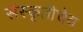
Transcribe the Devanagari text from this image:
संस्कृतीचेव